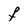
Character: F